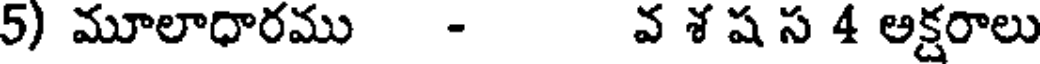
5) మూలాధారము - వ శ ష స 4 అక్షరాలు